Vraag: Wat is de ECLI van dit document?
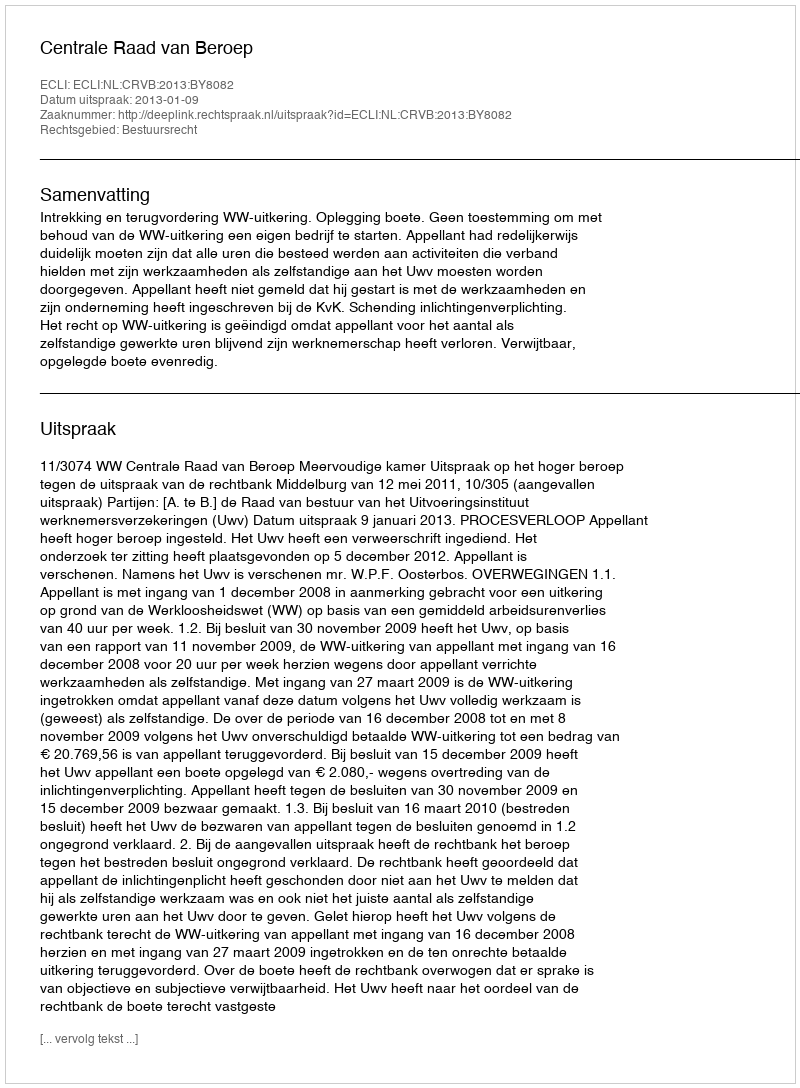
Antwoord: ECLI:NL:CRVB:2013:BY8082